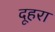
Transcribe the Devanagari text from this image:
दूहरा